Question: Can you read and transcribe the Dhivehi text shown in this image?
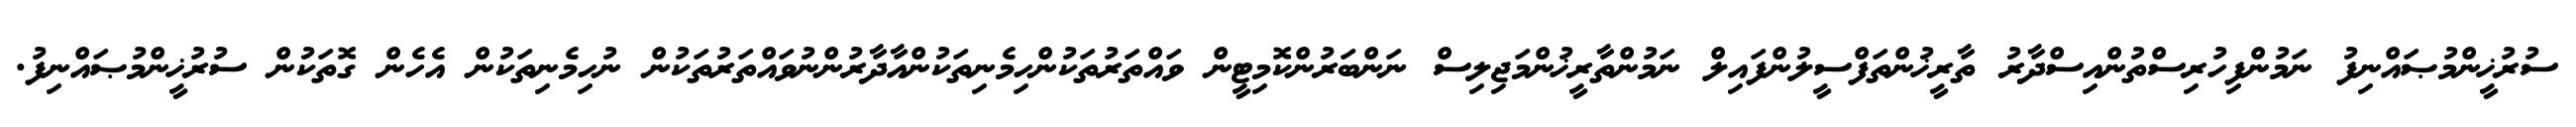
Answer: ސުރުޚީންމުޞައްނިފު ނަމުންފިހުރިސްތުންއިސްދާރު ތާރީޚުންތަފްސީލުންފައިލް ނަމުންތާރީޚުންމަޖިލިސް ނަންބަރުންކޮމިޓީން ވައްތަރުތަކުންހިމެނިތަކުންއާދާރުންނުވައްތަރުތަކުން ނުހިމެނިތަކުން އެހެން ގޮތަކުން ސުރުޚީންމުޞައްނިފު.